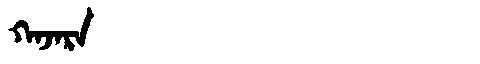
Manchu: ᡴᠠᠵᠠᡵᠠ
Romanization: KAJARA